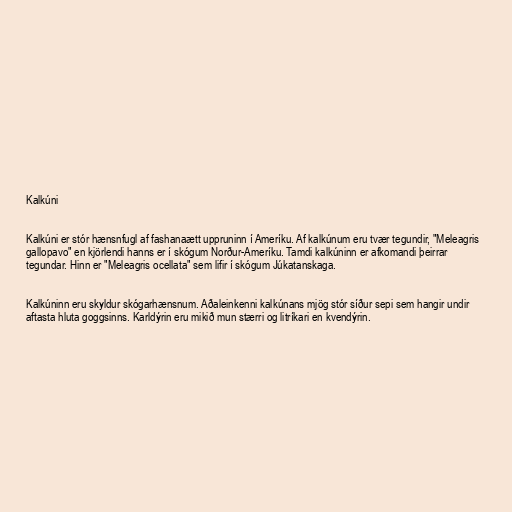
Kalkúni

Kalkúni er stór hænsnfugl af fashanaætt uppruninn í Ameríku. Af kalkúnum eru tvær tegundir, "Meleagris
gallopavo" en kjörlendi hanns er í skógum Norður-Ameríku. Tamdi kalkúninn er afkomandi þeirrar
tegundar. Hinn er "Meleagris ocellata" sem lifir í skógum Júkatanskaga.

Kalkúninn eru skyldur skógarhænsnum. Aðaleinkenni kalkúnans mjög stór síður sepi sem hangir undir
aftasta hluta goggsinns. Karldýrin eru mikið mun stærri og litríkari en kvendýrin.